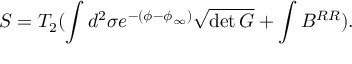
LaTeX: S = T _ { 2 } ( \int d ^ { 2 } \sigma e ^ { - ( \phi - \phi _ { \infty } ) } \sqrt { \operatorname * { d e t } { G } } + \int B ^ { R R } ) .